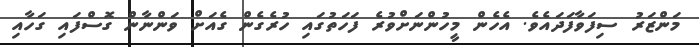
މަންޒަރު ސިފަވާފަދައެވެ. އެހެން މީހުންނަށްވުރެ ފަހަތުގައި ހުރެގެން ގެއަށް ވަންނާން ގޮސްފައި ގަހާއި